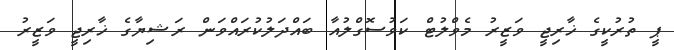
ޕީ ތުރުކީގެ ޚާރިޖީ ވަޒީރު މެވްލުޓް ކަވުސޮގްލުއާ ބައްދަލުކުރައްވަން ރަޝިޔާގެ ޚާރިޖީ ވަޒީރު